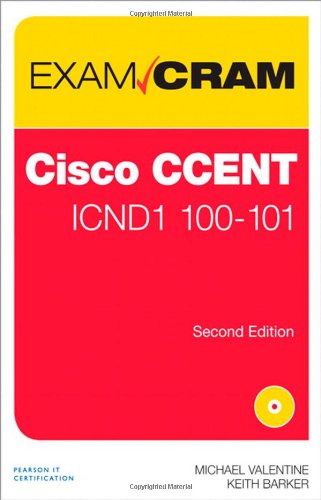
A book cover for CCENT ICND1 100-101 Exam Cram (2nd Edition); Michael Valentine; Computers & Technology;